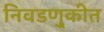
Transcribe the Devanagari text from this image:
निवडणु्कीत